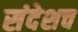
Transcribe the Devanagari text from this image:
संदेशच